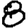
Digit: 8